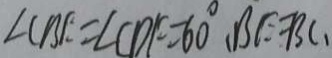
\angle C B E = \angle C D F = 6 0 ^ { \circ } , B E = B C 、